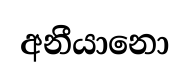
අනීයානො